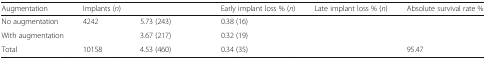
<table><thead><tr><td><b>Augmentation</b></td><td><b>Implants (<i>n</i>)</b></td><td>[EMPTY_CELL]</td><td><b>Early implant loss % (<i>n</i>)</b></td><td><b>Late implant loss % (<i>n</i>)</b></td><td><b>Absolute survival rate %</b></td></tr></thead><tbody><tr><td>No augmentation</td><td>4242</td><td>5.73 (243)</td><td>0.38 (16)</td><td>[EMPTY_CELL]</td><td>[EMPTY_CELL]</td></tr><tr><td>With augmentation</td><td>[EMPTY_CELL]</td><td>3.67 (217)</td><td>0.32 (19)</td><td>[EMPTY_CELL]</td><td>[EMPTY_CELL]</td></tr><tr><td>Total</td><td>10158</td><td>4.53 (460)</td><td>0.34 (35)</td><td>[EMPTY_CELL]</td><td>95.47</td></tr></tbody></table>